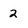
Character: 2